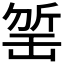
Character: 𣂬